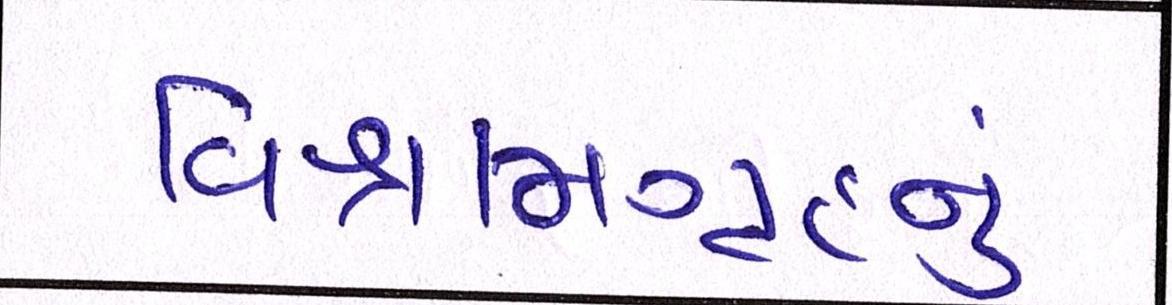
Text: વિશ્રામગૃહનું